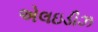
એલઇડીઝ